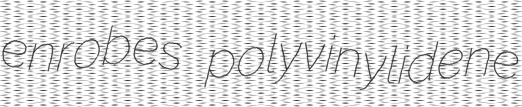
enrobes polyvinylidene